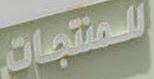
للمنتجات